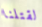
لقتلنا